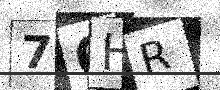
Text: 76HR